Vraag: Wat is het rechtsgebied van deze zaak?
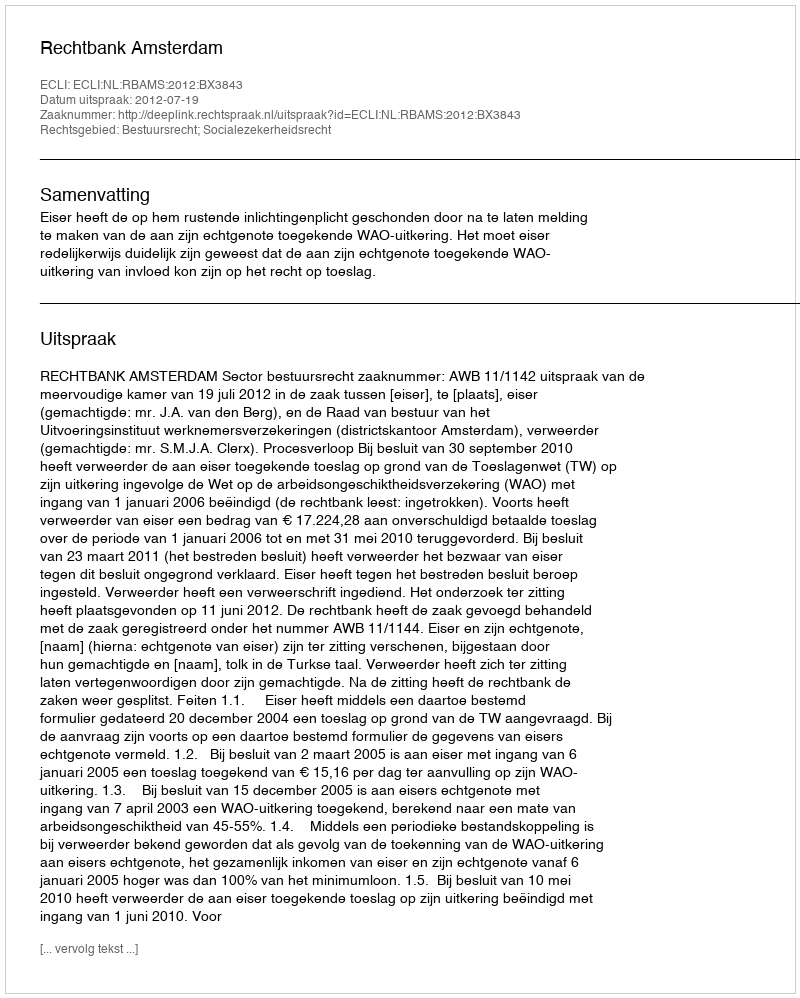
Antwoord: Bestuursrecht; Socialezekerheidsrecht